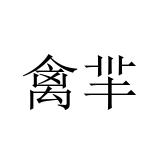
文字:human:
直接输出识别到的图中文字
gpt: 禽羋